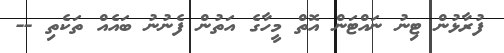
ފުރާޅުން ޓިނު ނައްޓަން އޮތް މީހާގެ އަތުން ފެނުނު ބައެއް ތަކެތި --